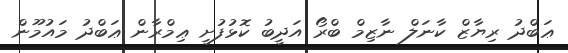
ޢަބްދު ރިޔާޒް ކާނަލް ނާޒިމް ބްރޯ އަދީބު ކޮޅުފުށީ ޢިމްރާން ޢަބްދު މައުމޫން